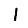
Digit: 1